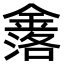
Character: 𮢤